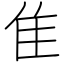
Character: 隹